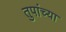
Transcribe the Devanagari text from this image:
तुपांच्या